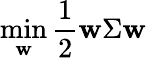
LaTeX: \operatorname*{min}_{\mathbf{w}}\frac{1}{2}\mathbf{w}\Sigma\mathbf{w}